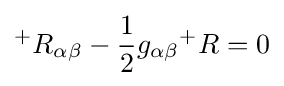
{}^{+}R_{\alpha \beta }-{1 \over 2}g_{\alpha \beta }{}^{+}R=0